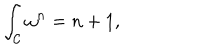
\int _ { \cal C } \omega ^ { n } = n + 1 ,